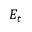
E _ { t }